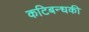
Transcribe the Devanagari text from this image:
कटिबन्धकी